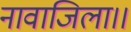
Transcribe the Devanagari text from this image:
नावाजिला।।